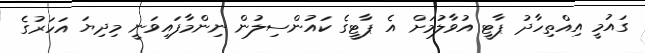
ގައުމީ އިއްތިހާދު ޕާޓީ އުވާލުމަށް އެ ޕާޓީގެ ކައުންސިލުން ނިންމާފައިވަނީ މިދިޔަ އަހަރުގެ